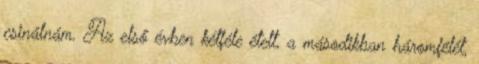
csinálnám. Az első évben kétféle ételt, a másodikban háromfélét,